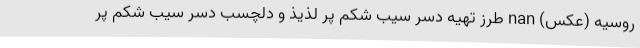
روسیه (عکس) nan طرز تهیه دسر سیب شکم پر لذیذ و دلچسب دسر سیب شکم پر